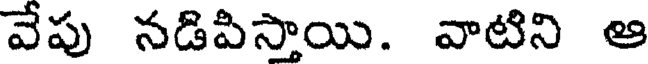
వేపు నడిపిస్తాయి. వాటిని ఆ